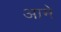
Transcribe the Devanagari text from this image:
आमे